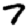
Digit: 7